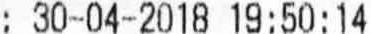
: 30-04-2018 19:50:14